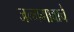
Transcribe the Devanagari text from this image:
जन्मगावाचे